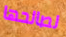
لصالحها